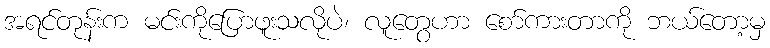
အရင်တုန်းက မင်းကိုပြောဖူးသလိုပဲ၊ လူတွေဟာ စော်ကားတာကို ဘယ်တော့မှ